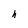
Character: h